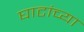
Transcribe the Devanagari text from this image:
घाटांच्या